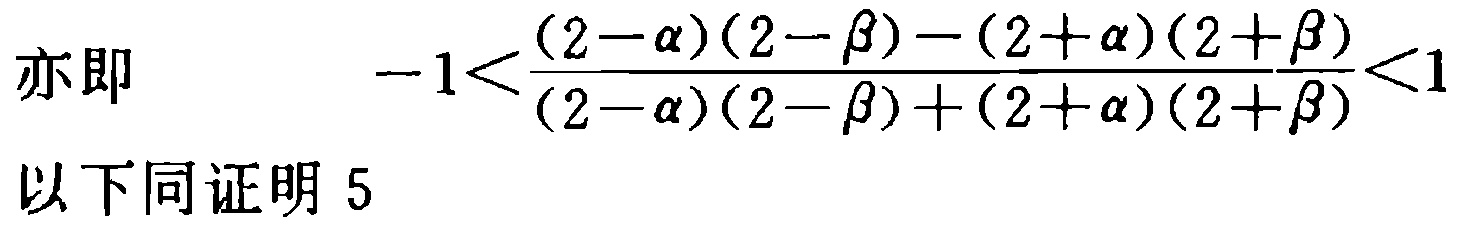
亦即
\[
-1<\frac{(2 - \alpha)(2 - \beta) - (2 + \alpha)(2 + \beta)}{(2 - \alpha)(2 - \beta) + (2 + \alpha)(2 + \beta)}<1
\]
以下同证明5